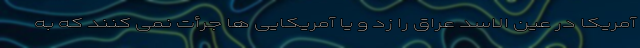
آمریکا در عین الاسد عراق را زد و یا آمریکایی ها جرأت نمی کنند که به